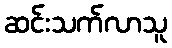
ဆင်းသက်လာသူ